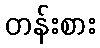
တန်းစား